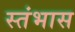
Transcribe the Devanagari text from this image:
स्तंभास